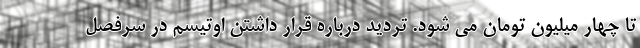
تا چهار میلیون تومان می شود. تردید درباره قرار داشتن اوتیسم در سرفصل